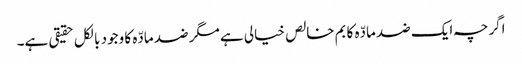
اگرچہ ایک ضد مادّہ کا بم خالص خیالی ہے مگر ضد مادّہ کا وجود بالکل حقیقی ہے۔